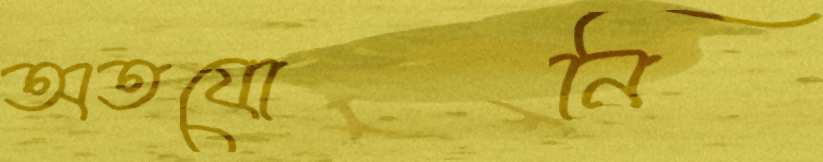
অতযোনি